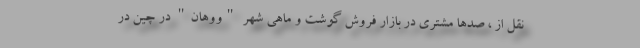
نقل از ، صدها مشتری در بازار فروش گوشت و ماهی شهر "ووهان" در چین در